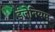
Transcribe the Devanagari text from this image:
इंजेनियम